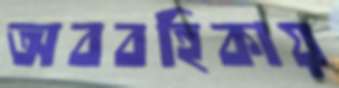
অববহিকায়